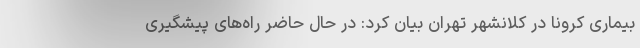
بیماری کرونا در کلانشهر تهران بیان کرد: در حال حاضر راه‌های پیشگیری